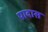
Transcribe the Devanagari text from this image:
पादास